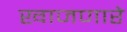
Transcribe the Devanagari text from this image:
खाजणारे